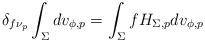
LaTeX: \begin{align*}\delta _{f\nu _{p}}\int_{\Sigma }dv_{\phi ,p}=\int_{\Sigma }fH_{\Sigma,p}dv_{\phi ,p} \end{align*}